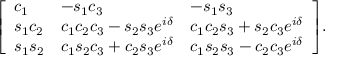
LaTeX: { \left[ \begin{array} { l l l } { c _ { 1 } } & { - s _ { 1 } c _ { 3 } } & { - s _ { 1 } s _ { 3 } } \\ { s _ { 1 } c _ { 2 } } & { c _ { 1 } c _ { 2 } c _ { 3 } - s _ { 2 } s _ { 3 } e ^ { i \delta } } & { c _ { 1 } c _ { 2 } s _ { 3 } + s _ { 2 } c _ { 3 } e ^ { i \delta } } \\ { s _ { 1 } s _ { 2 } } & { c _ { 1 } s _ { 2 } c _ { 3 } + c _ { 2 } s _ { 3 } e ^ { i \delta } } & { c _ { 1 } s _ { 2 } s _ { 3 } - c _ { 2 } c _ { 3 } e ^ { i \delta } } \end{array} \right] } .